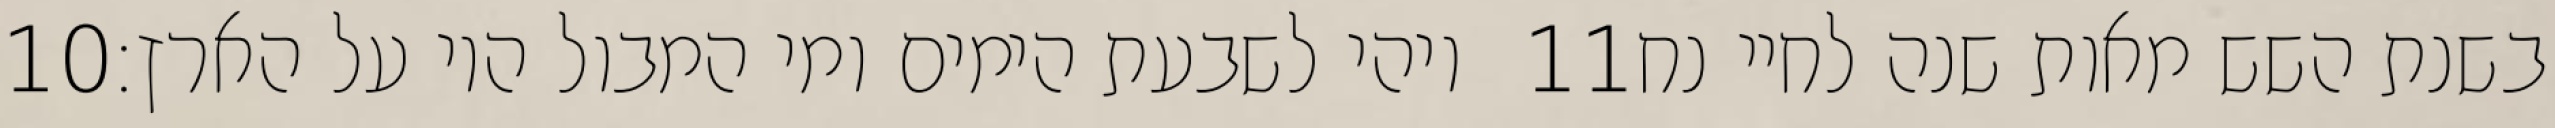
‎10‏ ויהי לשבעת הימים ומי המבול היו על הארץ׃ ‎11‏ בשנת השש מאות שנה לחיי נח